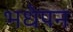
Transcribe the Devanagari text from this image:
भधेपन